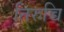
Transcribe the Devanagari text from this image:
तिरुच्चि